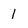
Character: 1